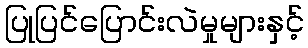
ပြုပြင်ပြောင်းလဲမှုများနှင့်